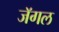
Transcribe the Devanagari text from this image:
जॅगल